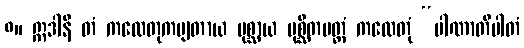
၈။ ဣဒါနိ တံ ကထေတုကမျတာယ ပုစ္ဆာယ ပုစ္ဆိတမတ္ထံ ကထေတုံ “ပါဏာတိပါတံ